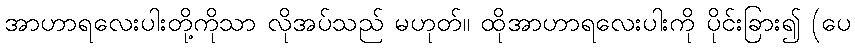
အာဟာရလေးပါးတို့ကိုသာ လိုအပ်သည် မဟုတ်။ ထိုအာဟာရလေးပါးကို ပိုင်းခြား၍ (ပေ